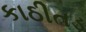
કાઠીતડ